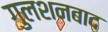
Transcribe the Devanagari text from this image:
गुलशनबाद